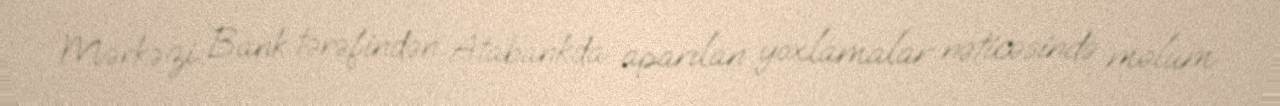
Mərkəzi Bank tərəfindən Atabankda aparılan yoxlamalar nəticəsində məlum